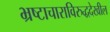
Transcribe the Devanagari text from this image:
भ्रष्टाचाराविरुद्धदेखील